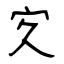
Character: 㝌